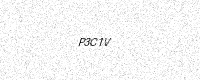
Text: P3C1V